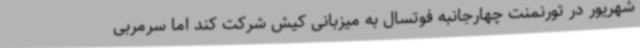
شهریور در تورنمنت چهارجانبه فوتسال به میزبانی کیش شرکت کند اما سرمربی